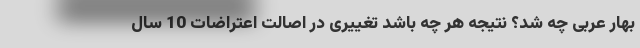
بهار عربی چه شد؟ نتیجه هر چه باشد تغییری در اصالت اعتراضات 10 سال